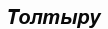
Толтыру